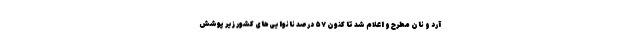
آرد و نان مطرح و اعلام شد تا کنون ۵۷ درصد نانوایی‌های کشور زیر پوشش